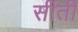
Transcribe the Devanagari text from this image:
सींती